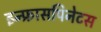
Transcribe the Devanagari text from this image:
इन्फ्रासपिनेटस